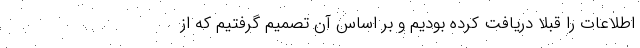
اطلاعات را قبلا دریافت کرده بودیم و بر اساس آن تصمیم گرفتیم که از